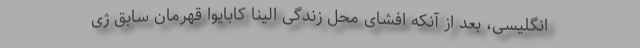
انگلیسی، بعد از آنکه افشای محل زندگی الینا کابایوا قهرمان سابق ژی